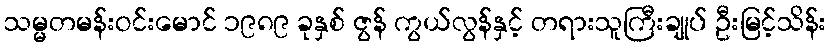
သမ္မတမန်းဝင်းမောင် ၁၉၈၉ ခုနှစ် ဇွန် ကွယ်လွန်နှင့် တရားသူကြီးချုပ် ဦးမြင့်သိန်း